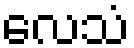
လေသံ